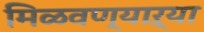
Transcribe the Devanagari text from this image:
मिळवण्याऱ्या